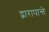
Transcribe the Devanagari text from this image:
द्वारापान्ते